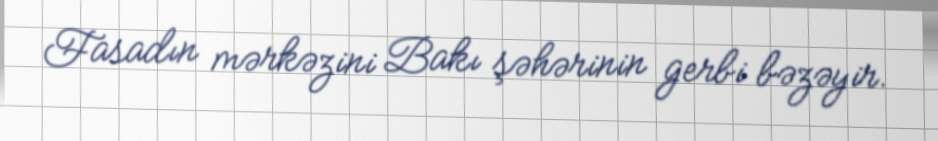
Fasadın mərkəzini Bakı şəhərinin gerbi bəzəyir.